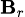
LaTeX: \scriptstyle\mathbf{B}_{r}